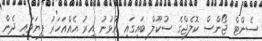
ސެންޓް ޖޯންސް ކޮލެޖްގެ ސުކޫލް ބައިގައި އުޅުނު އިރު އެއްއަހަރު ފިޔަވައި ދެން